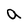
Character: a